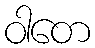
ဝါတေ